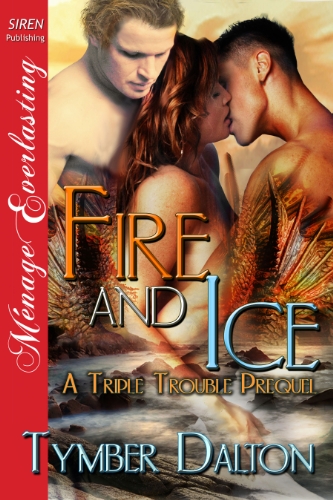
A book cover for Fire and Ice [A Triple Trouble Prequel] (Siren Publishing Menage Everlasting); Tymber Dalton; Romance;